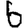
Digit: 6